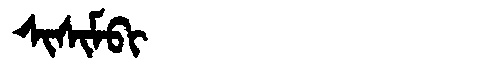
Manchu: ᠰᡳᠰᡳᠮᠪᡳ
Romanization: SISIMBI